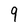
Character: 9